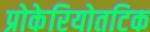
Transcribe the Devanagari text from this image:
प्रोकेरियोतटिक